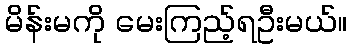
မိန်းမကို မေးကြည့်ရဦးမယ်။